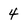
Character: 4